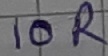
Text: 10R